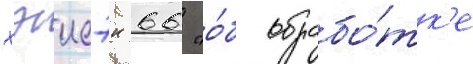
хэисэи 66 "о́б обрабо́тк'е